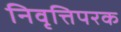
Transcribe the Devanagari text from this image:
निवृत्तिपरक